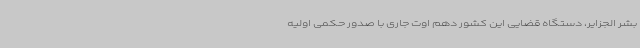
بشر الجزایر، دستگاه قضایی این کشور دهم اوت جاری با صدور حکمی اولیه